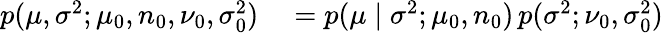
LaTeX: \begin{array}{rl}{p(\mu,\sigma^{2};\mu_{0},n_{0},\nu_{0},\sigma_{0}^{2})}&{{}=p(\mu\mid\sigma^{2};\mu_{0},n_{0})\, p(\sigma^{2};\nu_{0},\sigma_{0}^{2})}\end{array}